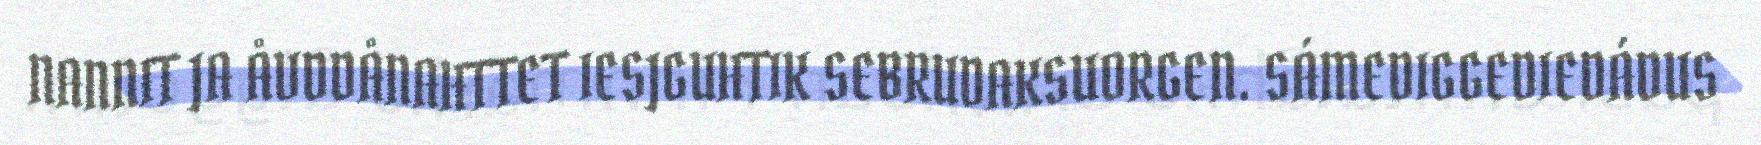
NANNIT JA ÅVDDÅNAHTTET IESJGUHTIK SEBRUDAKSUORGEN. SÁMEDIGGEDIEDÁDUS